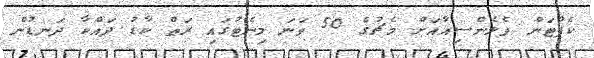
ކެޕްޓަން ވެލެންސިއާއަށް މެޗުގެ 50 ވަނަ މިނެޓުގައި ރަތް ކާޑު ދައްކާ ދަނޑުން